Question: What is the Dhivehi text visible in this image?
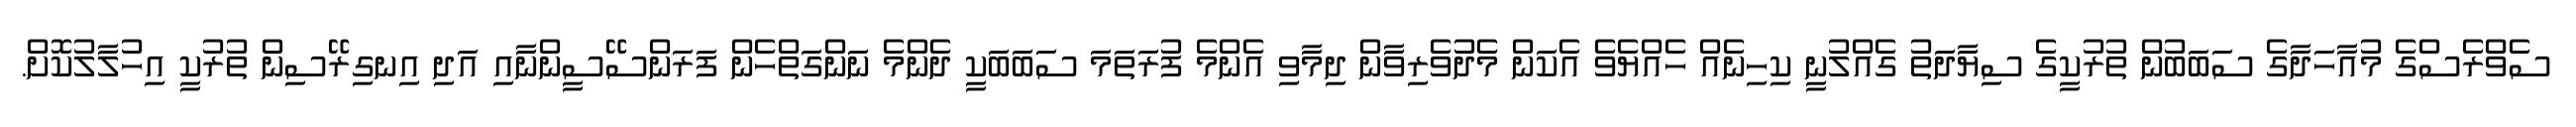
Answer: ސެވްރެސްގެ މުއާހަދާގެ ސަބަބުން ތުރުކީގެ ސިޔާދަތު ގެއްލުނީ ކިހިނެއް ހެއްޔެވެ އެކަން މެދުވެރިވާން ދިމާވި އެންމެ ފުރަތަމަ ސަބަބަކީ ދެންމެ ނަންގަތްހެން ފަރަންސޭސީންނާއި އަދި އިނގިރޭސިން ތުރުކީ އިހުލާލުކޮށް.